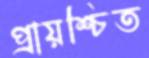
প্রায়শ্চিত